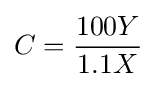
C={\frac {100Y}{1.1X}}